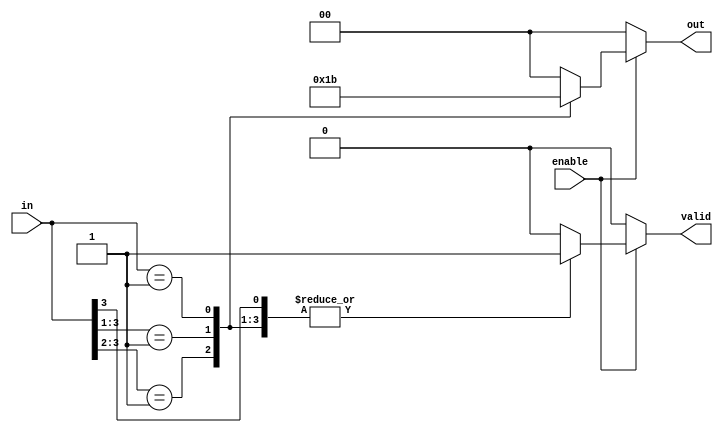
module multilevel_encoder (
    input wire [3:0] in,    // 4 input lines
    input wire enable,       // Enable signal
    output reg [1:0] out,    // 2 output lines
    output reg valid         // Valid output signal
);

// Priority encoding logic
always @(*) begin
    if (enable) begin
        casez (in) // Using casez to handle don't care conditions
            4'b1??? : begin out = 2'b00; valid = 1; end // Input 0 active
            4'b01?? : begin out = 2'b01; valid = 1; end // Input 1 active
            4'b001? : begin out = 2'b10; valid = 1; end // Input 2 active
            4'b0001 : begin out = 2'b11; valid = 1; end // Input 3 active
            default : begin out = 2'b00; valid = 0; end // No valid input
        endcase
    end else begin
        out = 2'b00; // Outputs remain low when disabled
        valid = 0;   // Invalid output when not enabled
    end
end

endmodule